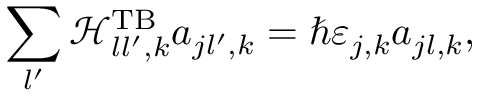
\sum _ { l ^ { \prime } } \mathcal { H } _ { l l ^ { \prime } , k } ^ { \mathrm { T B } } a _ { j l ^ { \prime } , k } = \hbar \varepsilon _ { j , k } a _ { j l , k } ,